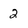
Character: 2